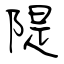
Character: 隄